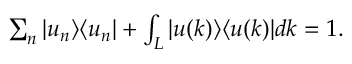
\begin{array} { r } { \sum _ { n } | u _ { n } \rangle \langle u _ { n } | + \int _ { \cal L } | u ( k ) \rangle \langle u ( k ) | d k = 1 . } \end{array}